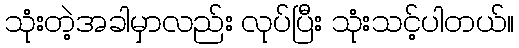
သုံးတဲ့အခါမှာလည်း လုပ်ပြီး သုံးသင့်ပါတယ်။